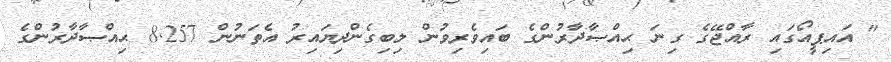
" އައިޕީއޯގައި ރާއްޖޭގެ ގިނަ ޙިއްޞާދާރުންގެ ބައިވެރިވުން ލިބިގެންދިޔައިރު އެތަނުން 8